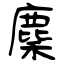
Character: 麇